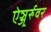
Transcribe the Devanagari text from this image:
ऐञ्जूर्रुवर